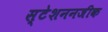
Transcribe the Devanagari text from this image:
स्टेशननजीक